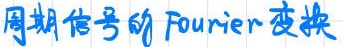
周期信号的 Fourier 变换